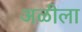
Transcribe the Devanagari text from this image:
अळीला